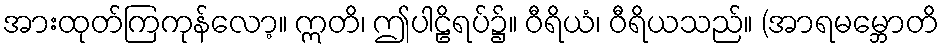
အားထုတ်ကြကုန်လော့။ ဣတိ၊ ဤပါဠိရပ်၌။ ဝီရိယံ၊ ဝီရိယသည်။ (အာရမမ္ဘောတိ